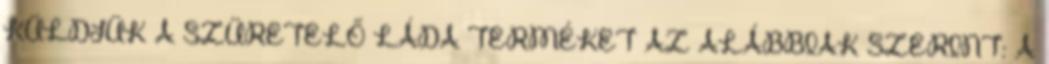
KÜLDJÜK A SZÜRETELŐ LÁDA TERMÉKET AZ ALÁBBIAK SZERINT: A